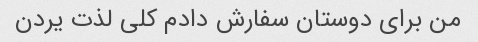
من برای دوستان سفارش دادم کلی لذت یردن